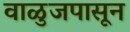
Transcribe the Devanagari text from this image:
वाळुजपासून